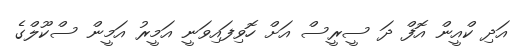
އަދި ކްއީން އޮފް ދަ ސީރީސް އަށް ހޮވިފައިވަނީ އަމީރު އަމީން ސްކޫލްގެ